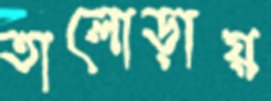
তালোড়ায়